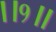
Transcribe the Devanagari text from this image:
।।१॥